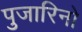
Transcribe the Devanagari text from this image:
पुजारिनो